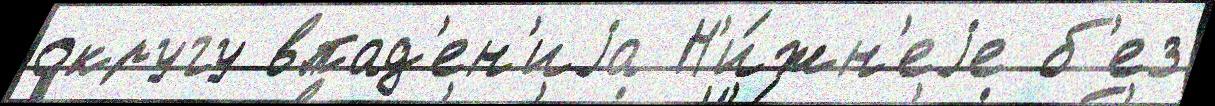
округу впад'ен'иjа Н'и́жн'еjе б'ез